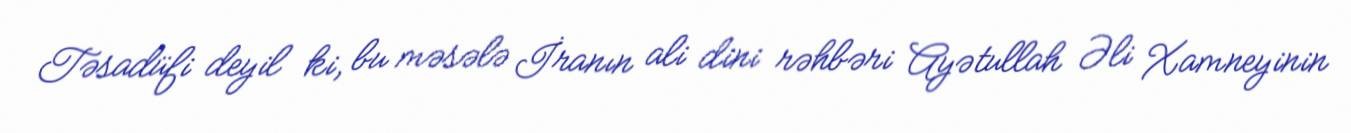
Təsadüfi deyil ki, bu məsələ İranın ali dini rəhbəri Ayətullah Əli Xamneyinin